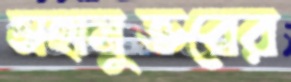
মহানুভবের